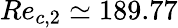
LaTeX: Re_{c,2}\simeq 189.77